Punjab Mental Hospital Lahore 1922-31 - 1922-1931
Year: 1922
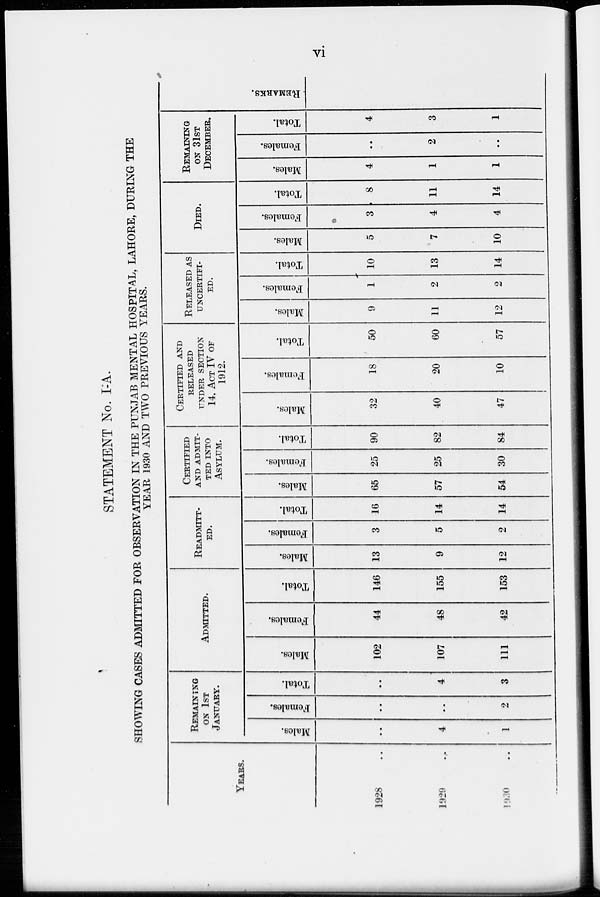
vi
STATEMENT No. I-A.
SHOWING CASES ADMITTED FOR OBSERVATION IN THE PUNJAB MENTAL HOSPITAL, LAHORE, DURING THE
YEAR 1930 AND TWO PREVIOUS YEARS.
YEARS.
1928 ..
1929 ..
1930 ..
REMAINING
ON 1ST
JANUARY.
Males.
..
4
1
Females.
..
..
2
Total.
..
4
3
ADMITTED.
Males.
102
107
111
Females.
44
48
42
Total.
146
155
153
READMITT-
ED.
Males.
13
9
12
Females.
3
5
2
Total.
16
14
14
CERTIFIED
AND ADMIT-
TED INTO
ASYLUM.
Males.
65
57
54
Females.
25
25
30
Total.
90
82
84
CERTIFIED AND
RELEASED
UNDER SECTION
14, ACT IV OF
1912.
Males.
32
40
47
Females.
18
20
10
Total.
50
60
57
RELEASED AS
UNCERTIFI-
ED.
Males.
9
11
12
Females.
1
2
2
Total.
10
13
14
DIED.
Males.
5
7
10
Females.
3
4
4
Total.
8
11
14
REMAINING
ON 31ST
DECEMBER.
Males.
4
1
1
Females.
..
2
..
Total.
4
3
1
REMARKS.